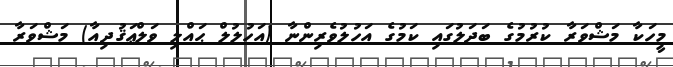
މީހަކާ މަޝްވަރާ ކުރުމުގެ ބަދަލުގައި ކަމުގެ އަހުލުވެރިންނާ (އަހުލުލް ޙައްލި ވަލްޢަޤުދިއާ) މަޝްވަރާ